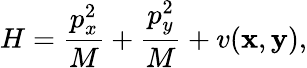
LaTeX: H=\frac{p_{x}^{2}}{M}+\frac{p_{y}^{2}}{M}+v({\mathbf x},{\mathbf y}),